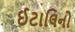
ઈટાલિનો